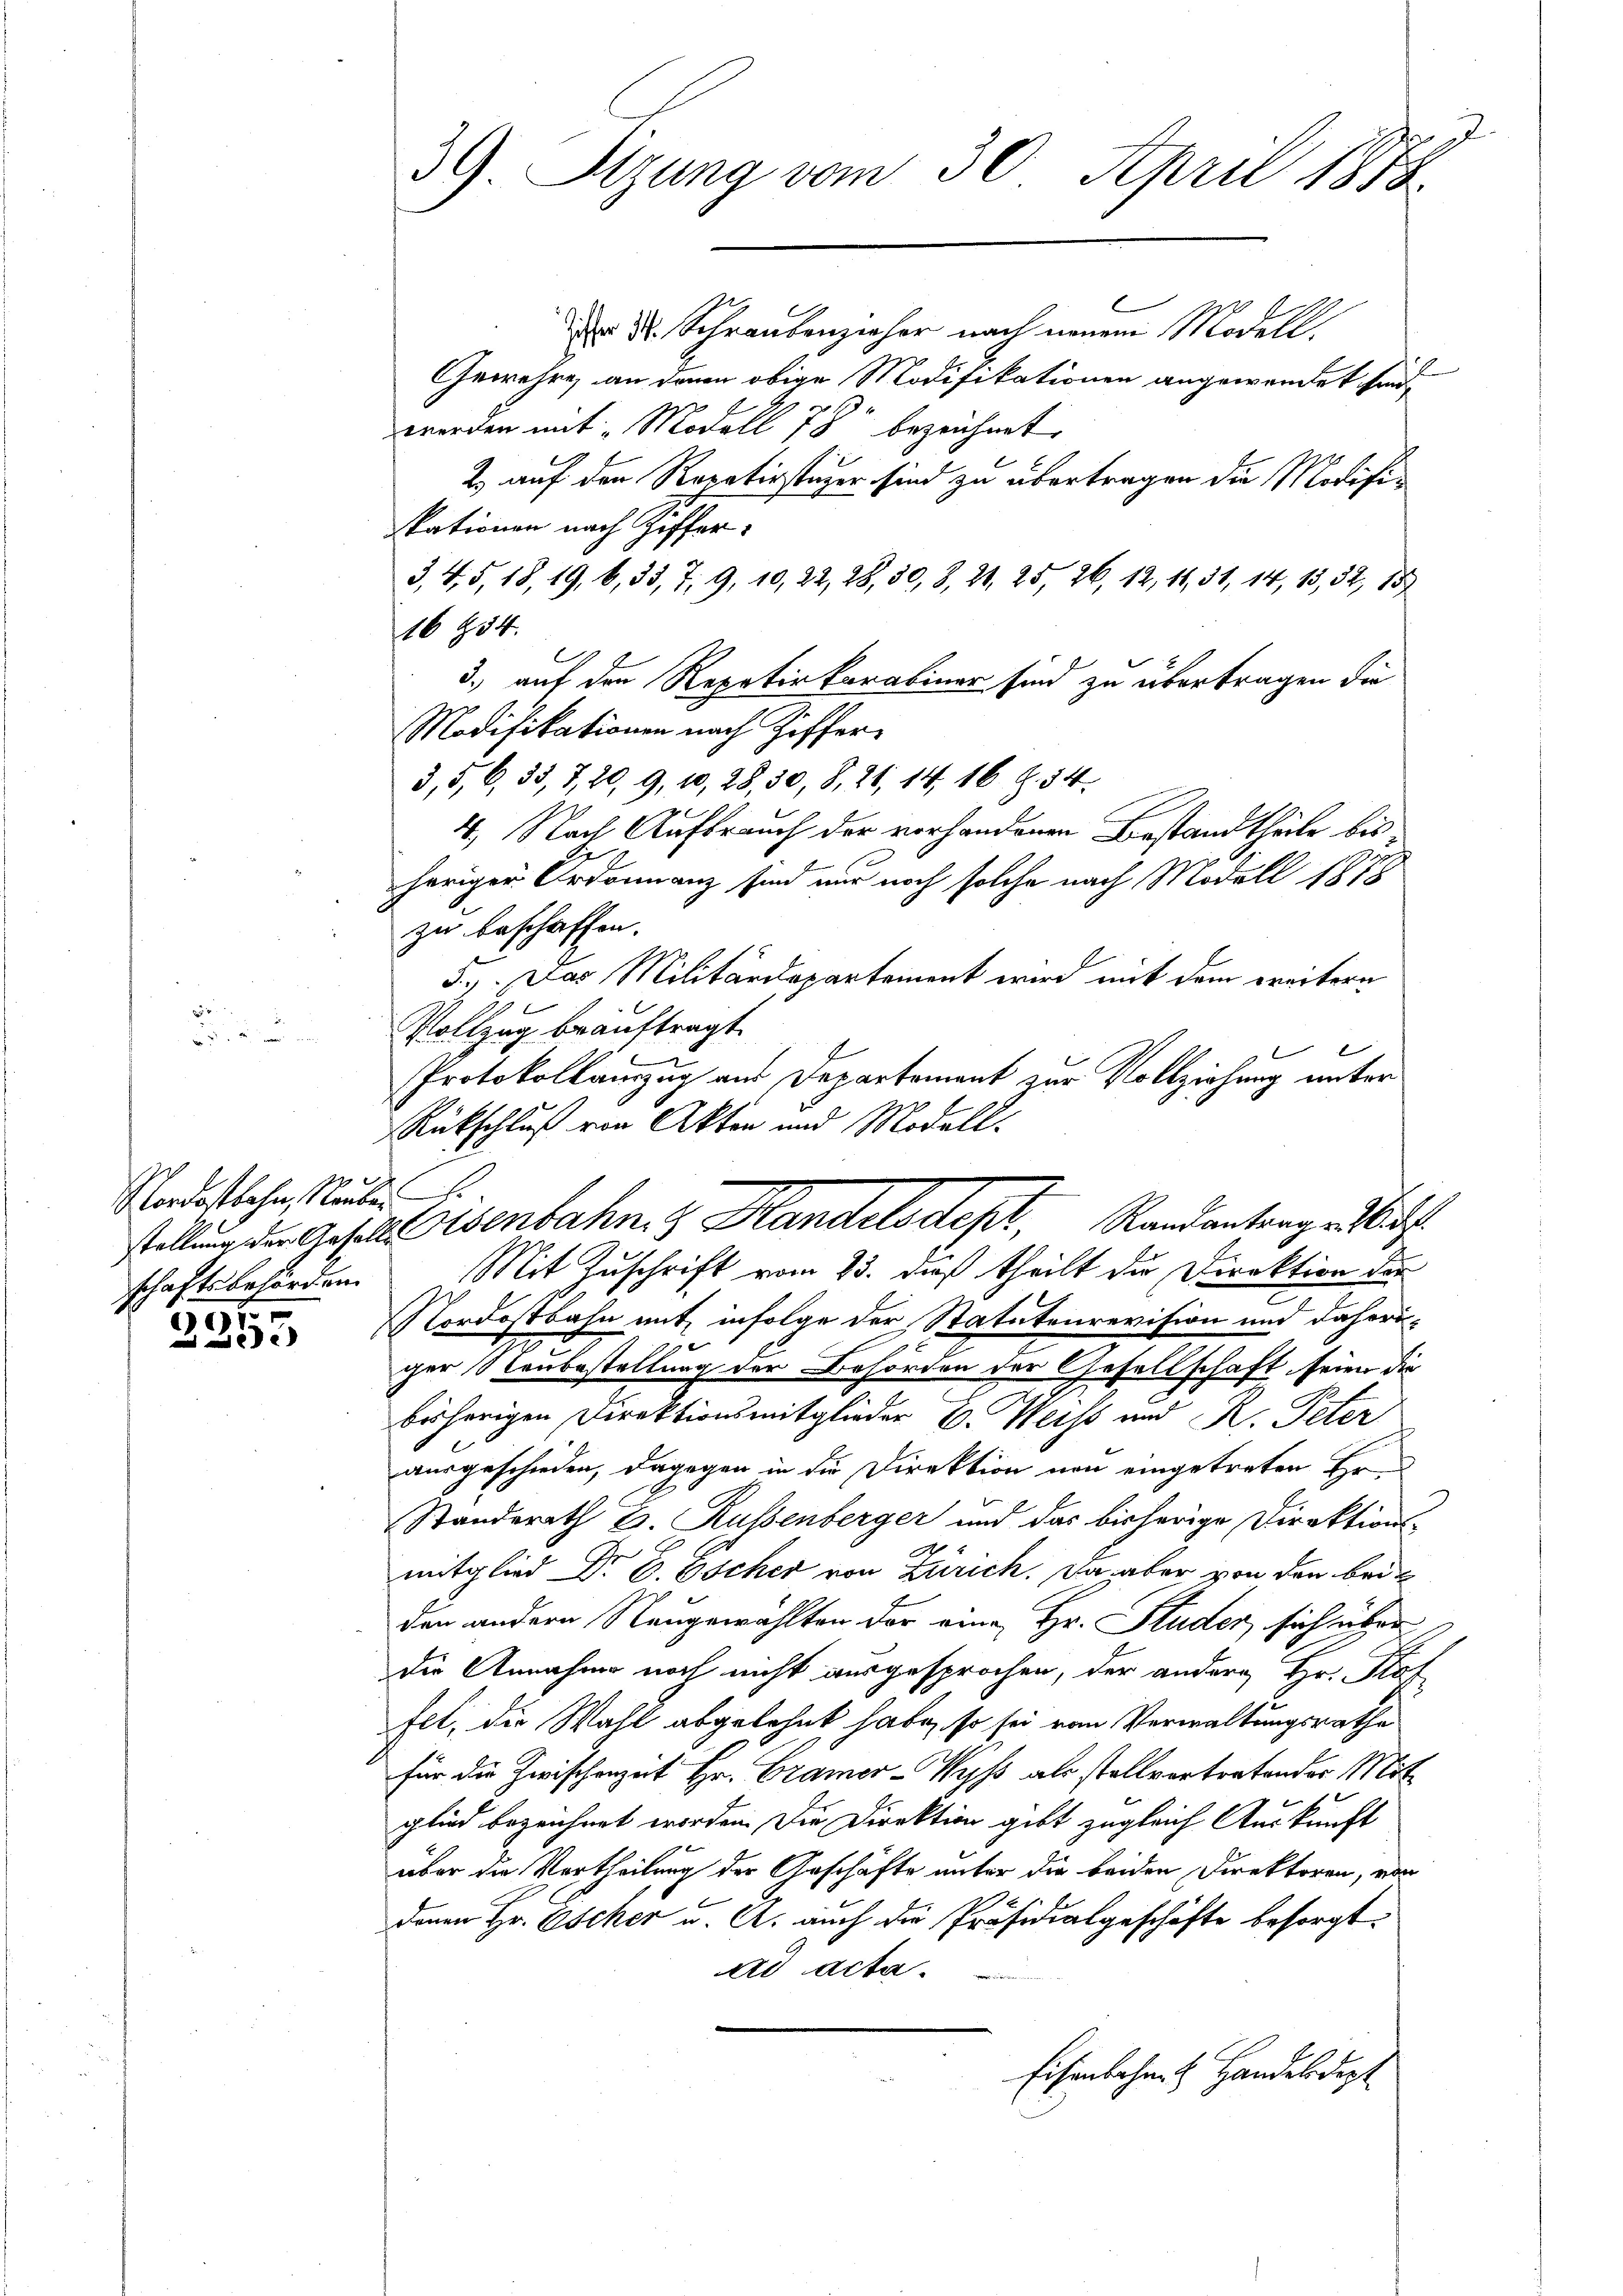
Nordostbahn, Neube
schaftsbehörden.
1

.

J
39. Sizung vom 30. April 1878

r 3. Schraubenzieher nach neuen Modell.
Gewehre, an denen obige Modifikationen angewendet sind,
worden mit Modell 78 bezeichnet.
2) auf den Repetirstager sind zu übertragen die Modifiskationen nach Ziffer
3, 4, 5, 18, 19, 6, 33, 7, 9, 10, 22, 28, 30, 8, 21, 25, 26, 12, 11, 31, 14, 13, 32, 15
16434.
E
3., auf den Repetir Parabiner sind zu übertragen die
Modifikationen nach Ziffer-
3, 5, 6, 33, 7, 20, 9, 10, 28, 30, 8, 26, 14, 16 Z. 54.
4. Nach Aufbrauch der vorhandenen Bestandtheile bis¬

heriger Ordonnanz sind nur noch solche nach Modell 1878
zu beschaffen.
3.) Das Militärdepartement wird mit dem weitern
Vollzug beauftragt.
Protokollanzug aus Departement zur Vollziehung unter
Rückschluß von Akten und Modell-

Mit Zuschrift vom 23. dieß theilt die Direktion der
Nordostbahn mit infolge der Statutenrevision und daherig
ger Raubestellung der Behörden der Gesellschaft seien die
bisherigen Direktionsmitglieder B. Weiss und K. Peter
ausgeschieden, dagegen in die Direktion von eingetreten Hrn
Standerath E. Russenberger und das bisherige Direktions-
mitglied Dr. C. Escher von Zürich. Da aber von den beiden andern Neugewählten der eine Hr. Studer, sich über
die Annahme noch nicht ausgesprochen, der andere Hr. Staf
fet, die Wahl abgelehnt habe, so sei von Verwaltungsrathe
für die Zwischenzeit Hr. Cramer-Wyß als stellvertretender Mitglied bezeichnet worden. Die Direktion gibt zugleich Auskunft
über die Vertheilung der Geschäfte unter die beiden Direktoren, von
denen Hr. Oscher u. A. auch die Präsidialgeschäfte besorgt.
ad acta.
Eisenbahne Handelsdept

stellung der Geselle Eisenbahn. Handelsdept, Randantrage Mit

d